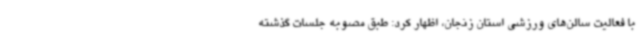
با فعالیت سالن‌های ورزشی استان زنجان، اظهار کرد: طبق مصوبه جلسات گذشته